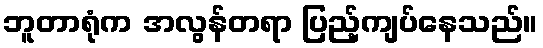
ဘူတာရုံက အလွန်တရာ ပြည့်ကျပ်နေသည်။